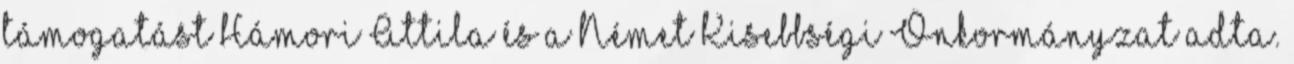
támogatást Hámori Attila és a Német Kisebbségi Önkormányzat adta.